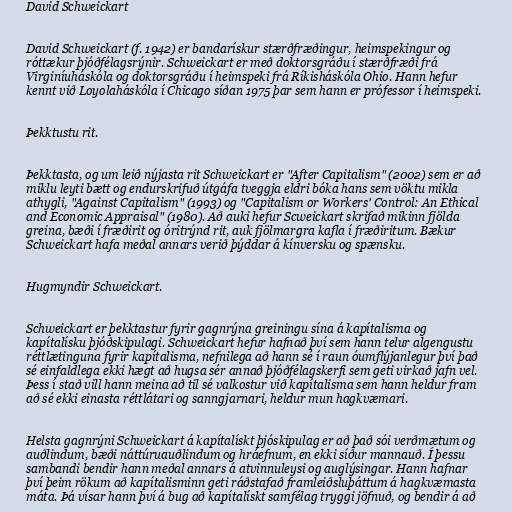
David Schweickart

David Schweickart (f. 1942) er bandarískur stærðfræðingur, heimspekingur og
róttækur þjóðfélagsrýnir. Schweickart er með doktorsgráðu í stærðfræði frá
Virginíuháskóla og doktorsgráðu í heimspeki frá Ríkisháskóla Ohio. Hann hefur
kennt við Loyolaháskóla í Chicago síðan 1975 þar sem hann er prófessor í heimspeki.

Þekktustu rit.

Þekktasta, og um leið nýjasta rit Schweickart er "After Capitalism" (2002) sem er að
miklu leyti bætt og endurskrifuð útgáfa tveggja eldri bóka hans sem vöktu mikla
athygli, "Against Capitalism" (1993) og "Capitalism or Workers' Control: An Ethical
and Economic Appraisal" (1980). Að auki hefur Scweickart skrifað mikinn fjölda
greina, bæði í fræðirit og óritrýnd rit, auk fjölmargra kafla í fræðiritum. Bækur
Schweickart hafa meðal annars verið þýddar á kínversku og spænsku.

Hugmyndir Schweickart.

Schweickart er þekktastur fyrir gagnrýna greiningu sína á kapítalisma og
kapítalísku þjóðskipulagi. Schweickart hefur hafnað því sem hann telur algengustu
réttlætinguna fyrir kapítalisma, nefnilega að hann sé í raun óumflýjanlegur því það
sé einfaldlega ekki hægt að hugsa sér annað þjóðfélagskerfi sem geti virkað jafn vel.
Þess í stað vill hann meina að til sé valkostur við kapítalisma sem hann heldur fram
að sé ekki einasta réttlátari og sanngjarnari, heldur mun hagkvæmari.

Helsta gagnrýni Schweickart á kapítalískt þjóskipulag er að það sói verðmætum og
auðlindum, bæði náttúruauðlindum og hráefnum, en ekki síður mannauð. Í þessu
sambandi bendir hann meðal annars á atvinnuleysi og auglýsingar. Hann hafnar
því þeim rökum að kapítalisminn geti ráðstafað framleiðsluþáttum á hagkvæmasta
máta. Þá vísar hann því á bug að kapítalískt samfélag tryggi jöfnuð, og bendir á að